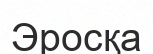
Эросқа